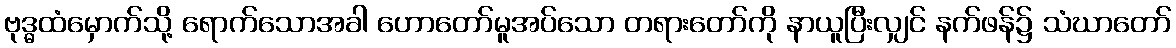
ဗုဒ္ဓထံမှောက်သို့ ရောက်သောအခါ ဟောတော်မူအပ်သော တရားတော်ကို နာယူပြီးလျှင် နက်ဖန်၌ သံဃာတော်